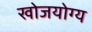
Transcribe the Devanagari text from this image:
खोजयोग्य